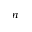
n